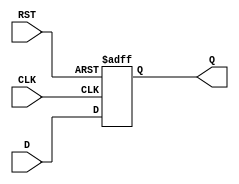
module data_register (
    input wire D,       // Data input
    input wire CLK,     // Clock input
    input wire RST,     // Asynchronous reset
    output reg Q        // Data output
);

    // Asynchronous reset and synchronous data capture
    always @(posedge CLK or posedge RST) begin
        if (RST) begin
            Q <= 1'b0;    // Clear the register on reset
        end else begin
            Q <= D;       // Capture data on clock edge
        end
    end

endmodule